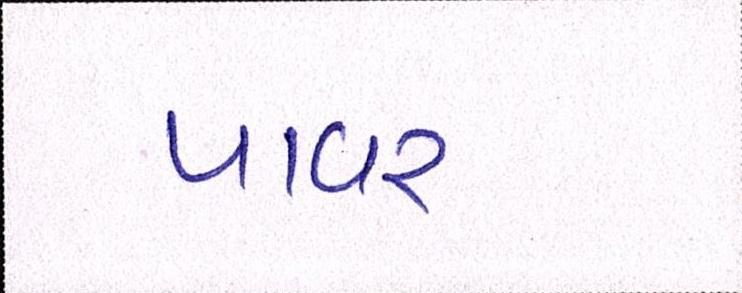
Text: પાવર